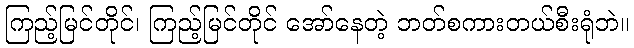
ကြည့်မြင်တိုင်၊ ကြည့်မြင်တိုင် အော်နေတဲ့ ဘတ်စကားတယ်စီးရုံဘဲ။